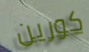
كورين